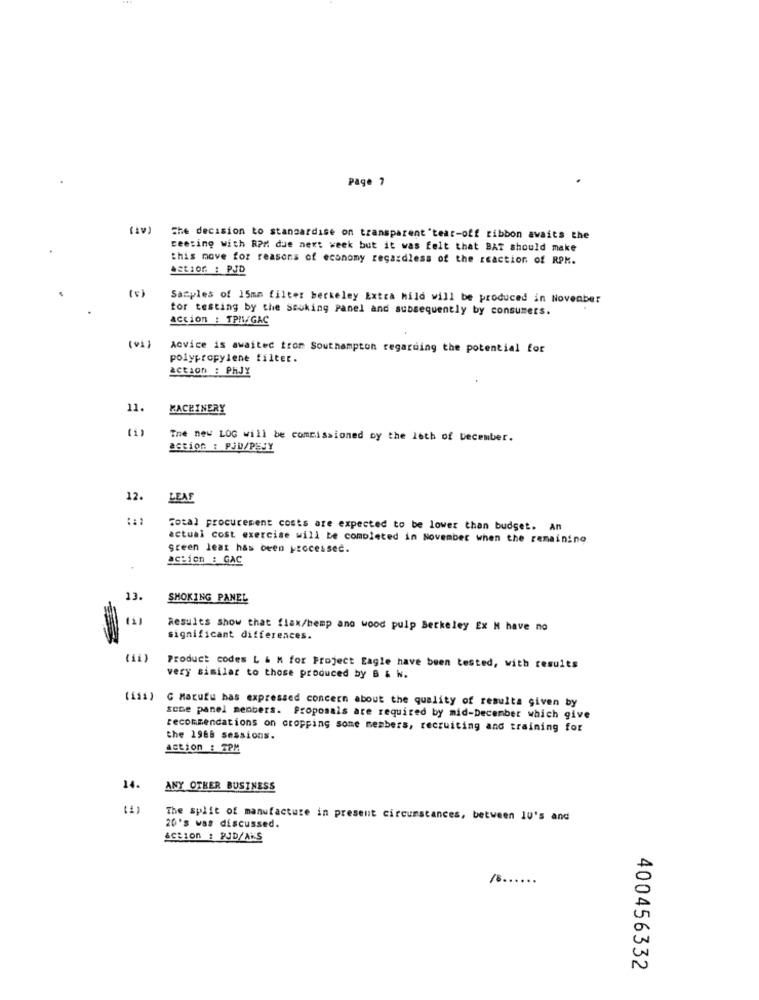
Page 7
(Iv)
The decision to standardise on transparent 'tear-off ribbon awaits the
ceeting with RPM due next week but it was felt that BAT should make
this move for reasons of economy regardless of the reaction of RPK.
astiOG : PJD
(5)
Samples of 15mm filter berkeley Extra hild will be produced in November
for testing by the smoking Panel and subsequently by consumers.
action : TPII/GAC
(vi)
Advice is awaited trom Southampton regarding the potential for
polypropylene filter.
ACEIOD : PHJY
11.
MACHINERY
The new LOG will be commissioned by the 16th of December.
action : PJU/PEJY
12.
LEAF
Total procurement costs are expected to be lower than budget. An
actual cost exercise will be completed in November when the remaining
green leaz has been processed.
action : GAC
13.
SMOKING PANEL
Results show that flax/hemp and wood pulp Berkeley Ex M have no
significant differences.
Product codes L & M for Project Eagle have been tested, with results
very similar to those produced by B & N.
G Magufu has expressed concern about the quality of resulta given by
&cce panel members. Proposals are required by mid-December which give
recommendations on cropping some members, recruiting and training for
the 1985 sessions.
Action : TPM
14.
ANY OTHER BUSINESS
(1)
The split of manufacture in present circumstances, between lu's and
20's was discussed.
Action : PJD/AKS
/ .... .. .
400456332